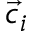
\vec { c } _ { i }